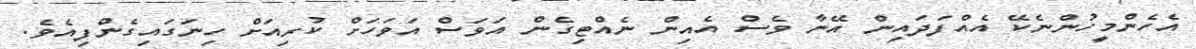
އެހެންމީހުންނެކޭ އެއްފަދައިން އޭނާ ވެސް އެއިން ނެއްޓިގެން އަވަސް އަވަހަށް ކުރިއަށް ހިނަގައިގެންފިއެވެ.